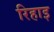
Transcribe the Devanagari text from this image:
रिहाइ